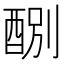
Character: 𨡊